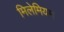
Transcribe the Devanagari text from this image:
मिलेमियम